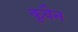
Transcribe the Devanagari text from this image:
कुवैन